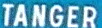
TANGER